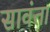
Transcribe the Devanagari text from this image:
सावंता